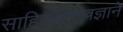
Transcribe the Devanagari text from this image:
साहित्यशास्त्रज्ञाने